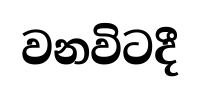
වනවිටදී